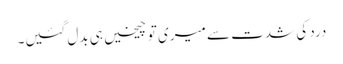
درد کی شدت سے میری تو چیخیں ہی بدل گئیں۔